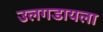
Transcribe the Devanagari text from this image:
उलगडायला